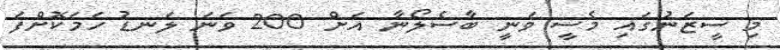
މި ސީޒަނުގައި މެސީ ވަނީ ބާސެލޯނާ އަށް 200 ވަނަ ލަނޑު ހަމަކޮށްފަ